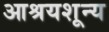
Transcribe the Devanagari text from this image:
आश्रयशून्य